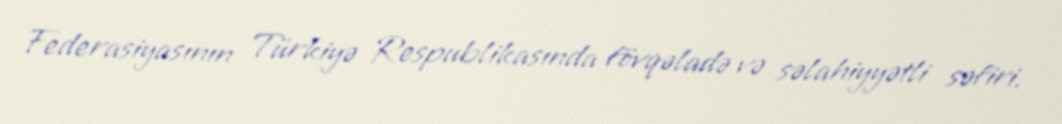
Federasiyasının Türkiyə Respublikasında fövqəladə və səlahiyyətli səfiri.